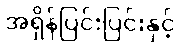
အရှိန်ပြင်းပြင်းနှင့်